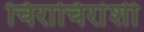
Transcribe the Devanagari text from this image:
चिराचिरांशी